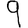
Digit: 9